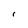
Character: I